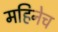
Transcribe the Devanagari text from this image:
महिनेच